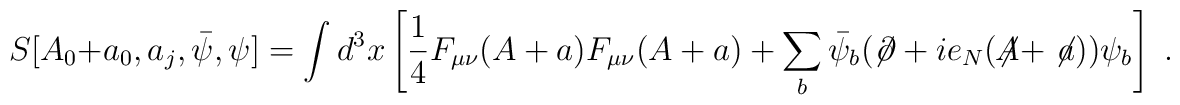
S[A_0 + a_0, a_j,{\bar\psi},\psi]= \int d^3 x \left[ \frac{1}{4} F_{\mu\nu}(A+a)F_{\mu\nu}(A+a)+ \sum_b {\bar\psi}_b (\not \!\partial + i e_N (\not\!\! A + \not \! a) ) \psi_b \right]\;.